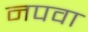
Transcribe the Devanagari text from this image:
नपवा